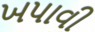
ખપાવી